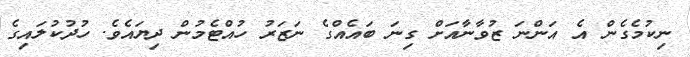
ނިކުމެގެން އެ އަންނަ ޒުވާނާއަށް ގިނަ ބައެއްގެ ނަޒަރު ހުއްޓެމުން ދިޔައެވެ. ހުދުކުލައިގެ